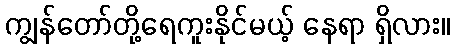
ကျွန်တော်တို့ရေကူးနိုင်မယ့် နေရာ ရှိလား။